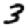
Digit: 3